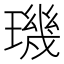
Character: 璣